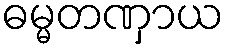
ဓမ္မတဏှာယ